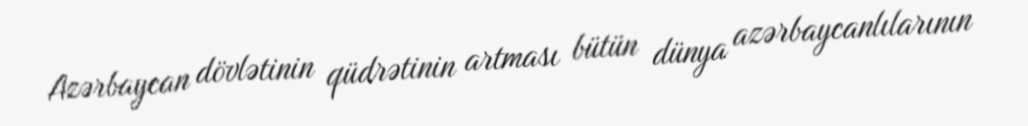
Azərbaycan dövlətinin qüdrətinin artması bütün dünya azərbaycanlılarının